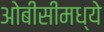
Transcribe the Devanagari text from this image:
ओबीसीमध्ये